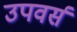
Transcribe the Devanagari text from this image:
उपवर्स